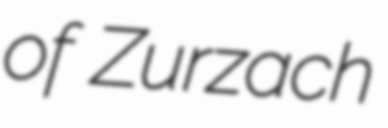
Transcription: of Zurzach